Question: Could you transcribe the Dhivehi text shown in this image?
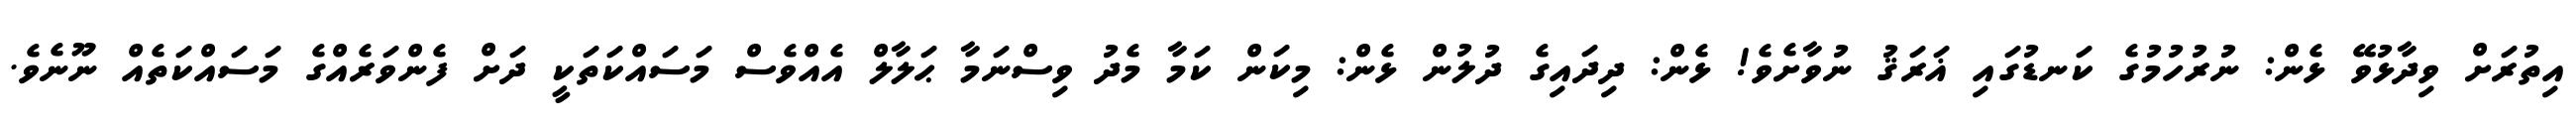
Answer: އިތުރަށް ވިދާޅުވޭ ޅެން: ނުރުހުމުގެ ކަނޑުގައި ޣަރަޤު ނުވާށެވެ! ޅެން: ދިދައިގެ ދުލުން ޅެން: މިކަން ކަމާ މެދު ވިސްނަމާ ޙަލާލް އެއްވެސް މަސައްކަތަކީ ދަށް ފެންވަރެއްގެ މަސައްކަތެއް ނޫނެވެ.